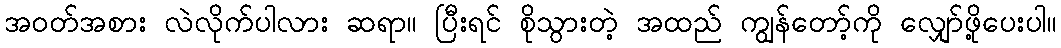
အဝတ်အစား လဲလိုက်ပါလား ဆရာ။ ပြီးရင် စိုသွားတဲ့ အထည် ကျွန်တော့်ကို လျှော်ဖို့ပေးပါ။